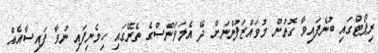
ރިޕޯޓްގައި ބުނެފައިވާ ގޮތުން މުވައްޒަފުންނަށް ދޭ އެލަވަންސްގެ ތެރޭގައި ހިމެނިފައި ނުވާ ފައިސާއެއް